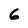
Character: 6